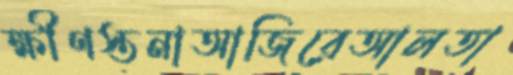
ক্ষীণস্তনাআজিরেআলতা